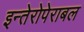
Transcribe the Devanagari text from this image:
इन्तेरोपेराबल